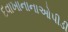
દવાખાનાનાઓપીડી